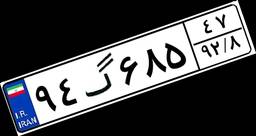
۹۴گ۶۸۵۴۷